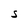
Character: S